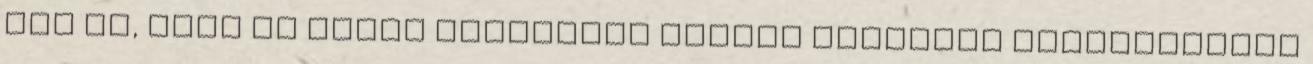
azt is, hogy az állam gazdasága mennyi menekült befogadására